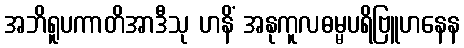
အဘိရူပကာတိအာဒီသု ဟနိံ အနုကူလဓမ္မပရိဗြူဟနေန